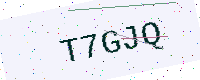
Text: T7GJQ